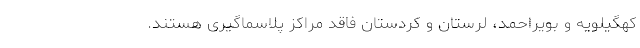
کهگیلویه و بویراحمد، لرستان و کردستان فاقد مراکز پلاسماگیری هستند.